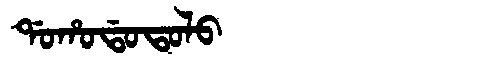
Manchu: ᡩᠣᡥᠣᡩᠣᡨᠣᠯᠣ
Romanization: DOHODOTOLO